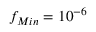
f _ { M i n } = 1 0 ^ { - 6 }